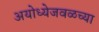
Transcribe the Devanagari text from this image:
अयोध्येजवळच्या